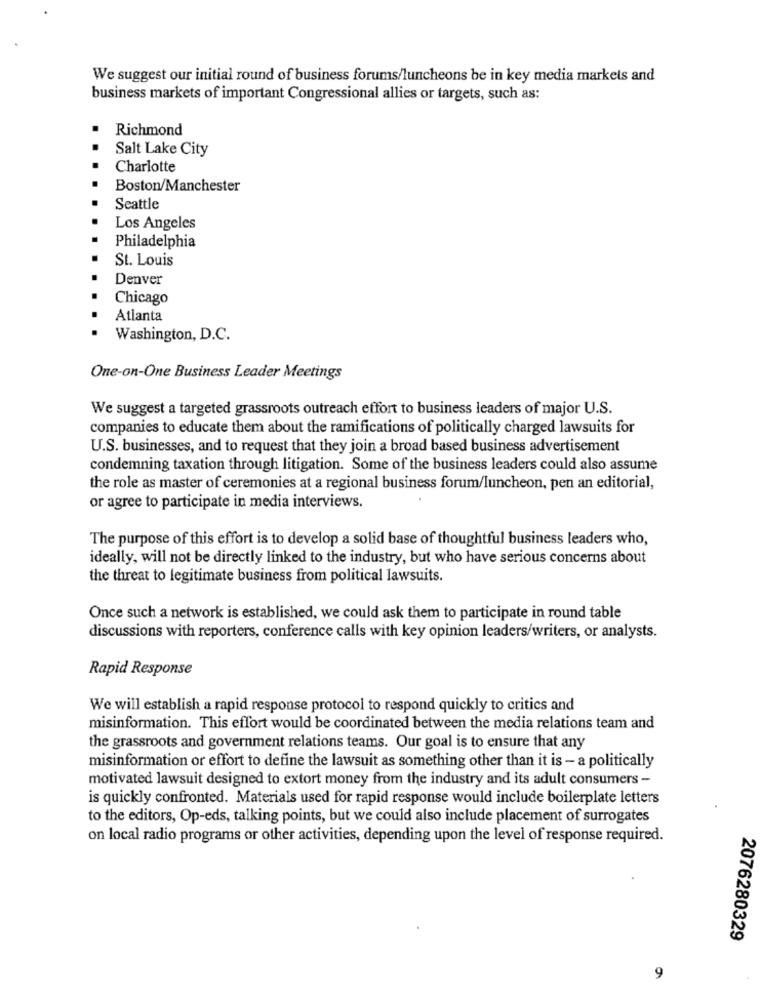
We suggest our initial round of business forums/luncheons be in key media markets and
business markets of important Congressional allies or targets, such as:
Richmond
Salt Lake City
Charlotte
Boston/Manchester
Seattle
Los Angeles
Philadelphia
St. Louis
Denver
Chicago
Atlanta
Washington, D.C.
One-on-One Business Leader Meetings
We suggest a targeted grassroots outreach effort to business leaders of major U.S.
companies to educate them about the ramifications of politically charged lawsuits for
U.S. businesses, and to request that they join a broad based business advertisement
condemning taxation through litigation. Some of the business leaders could also assume
the role as master of ceremonies at a regional business forum/luncheon, pen an editorial,
or agree to participate in media interviews.
The purpose of this effort is to develop a solid base of thoughtful business leaders who,
ideally, will not be directly linked to the industry, but who have serious concerns about
the threat to legitimate business from political lawsuits.
Once such a network is established, we could ask them to participate in round table
discussions with reporters, conference calls with key opinion leaders/writers, or analysts.
Rapid Response
We will establish a rapid response protocol to respond quickly to critics and
misinformation. This effort would be coordinated between the media relations team and
the grassroots and government relations teams. Our goal is to ensure that any
misinformation or effort to define the lawsuit as something other than it is - a politically
motivated lawsuit designed to extort money from the industry and its adult consumers -
is quickly confronted. Materials used for rapid response would include boilerplate letters
to the editors, Op-eds, talking points, but we could also include placement of surrogates
on local radio programs or other activities, depending upon the level of response required.
2076280329
9